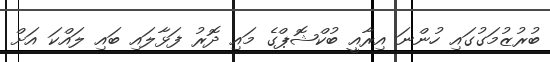
ބުރުޒުމަގުގައި ހުންނަ އިރާއީ ބުކްޝޮޕްގެ މައި ދޮރު ފަޅާލައި ބައި ލައްކަ އަށް